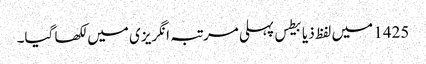
1425 میں‌ لفظ ذیابیطس پہلی مرتبہ انگریزی میں‌ لکھا گیا۔